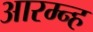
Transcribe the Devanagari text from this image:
आरम्न्ह